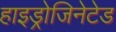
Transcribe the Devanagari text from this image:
हाइड्रोजिनेटेड